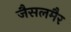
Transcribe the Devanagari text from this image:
जैसलमैर